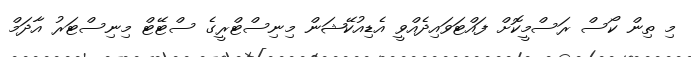
މި ތިން ކޯސް ރަސްމީކޮށް ފައްޓަވައިދެއްވީ އެޑިއުކޭޝަން މިނިސްޓްރީގެ ސްޓޭޓް މިނިސްޓަރު އާދަމް